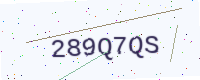
Text: 289Q7QS